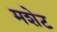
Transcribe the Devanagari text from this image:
मशेट